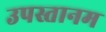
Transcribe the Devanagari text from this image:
उपस्तानम